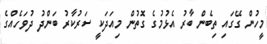
މީހުން ގޭގައި ތިބެން ބާރު އެޅުމުގެ ގޮތުން މިއަދަކީ ސަަރުކާރު ބަންދު ދުވަހެއްގެ